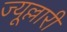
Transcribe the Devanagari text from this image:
ज्यूल्लारी